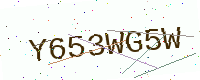
Text: Y653WG5W